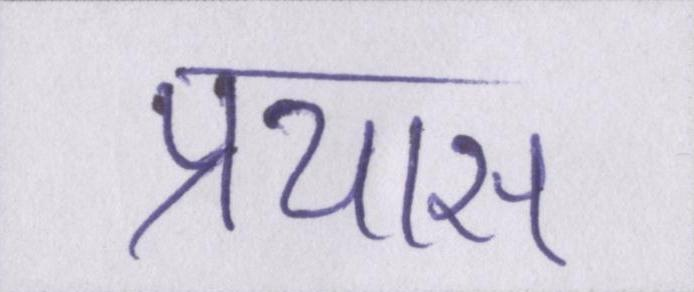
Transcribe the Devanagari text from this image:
प्रयास